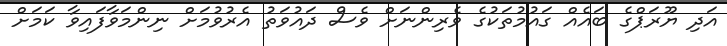
އަދި ޔޫރަޕްގެ ބައެއް ގައުމުތަކުގެ ވެރިންނަށް ވެސް ދައުވަތު އެރުވުމަށް ނިންމަވާފައިވާ ކަމަށް